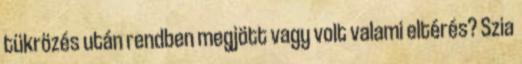
tükrözés után rendben megjött vagy volt valami eltérés? Szia